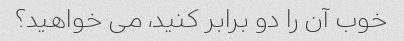
خوب آن را دو برابر کنید، می خواهید؟